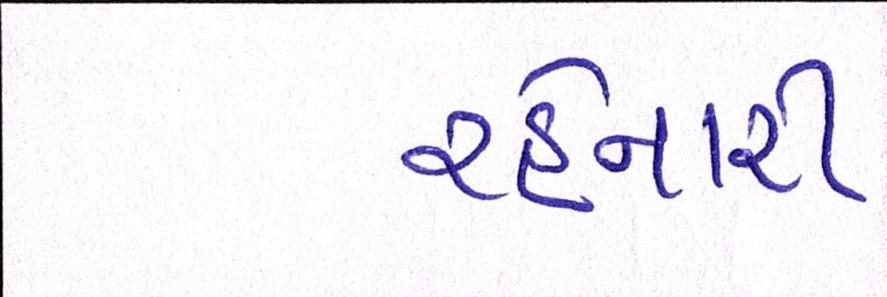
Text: રહેનારી